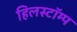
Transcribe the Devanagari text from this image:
हिलस्टॉम्प